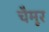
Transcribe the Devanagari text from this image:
चैमूर